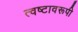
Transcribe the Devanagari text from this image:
त्वष्टावरूपी